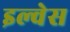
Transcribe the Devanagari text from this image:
इल्वेस